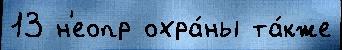
13 н'еопр охра́ны та́кже